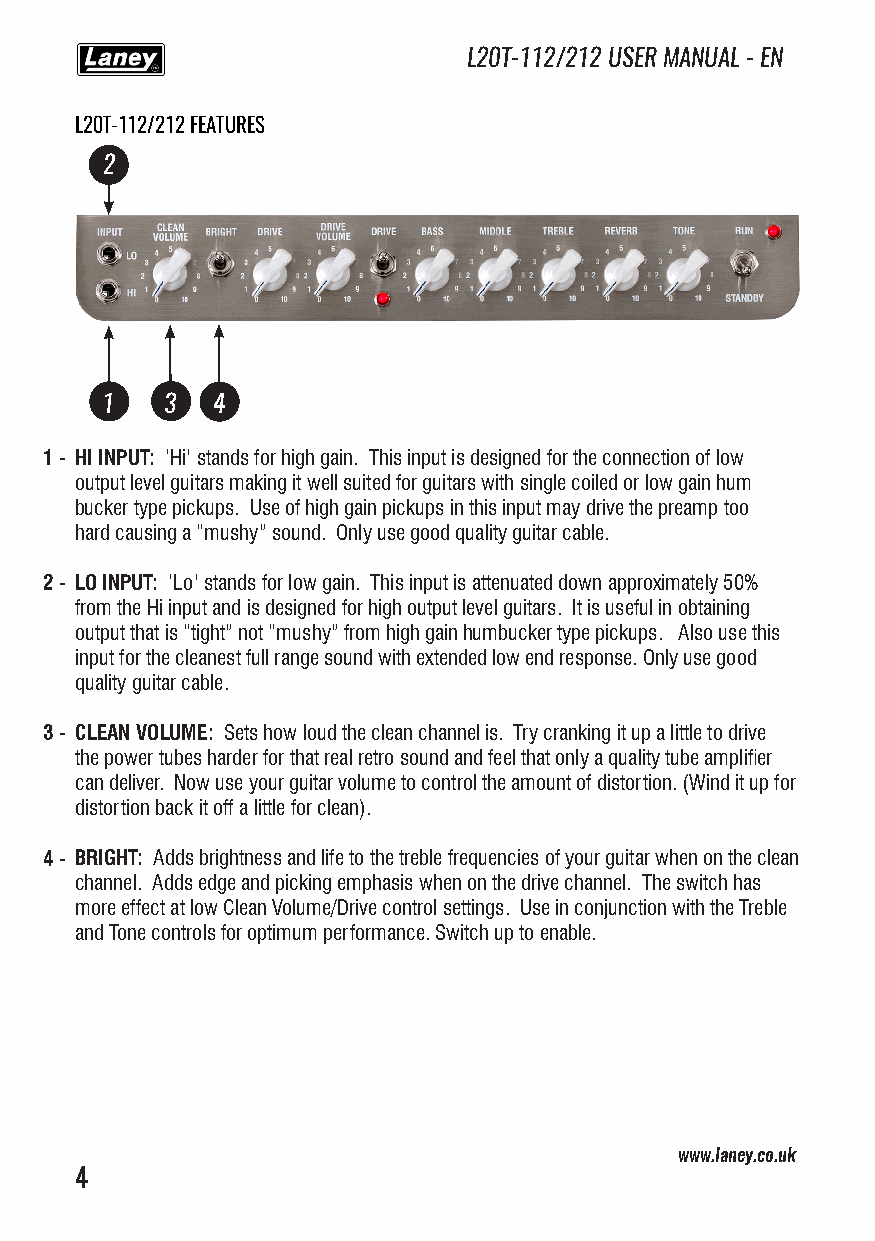
L20T-112/212 USER MANUAL - EN
 L20T-112/212 FEATURES
 2
 1   3  4
 1 - HI INPUT: ‘Hi’ stands for high gain. This input is designed for the connection of low
 output level guitars making it well suited for guitars with single coiled or low gain hum
 bucker type pickups. Use of high gain pickups in this input may drive the preamp too
 hard causing a “mushy” sound. Only use good quality guitar cable.
 2 - LO INPUT: ‘Lo’ stands for low gain. This input is attenuated down approximately 50%
 from the Hi input and is designed for high output level guitars. It is useful in obtaining
 output that is “tight” not “mushy” from high gain humbucker type pickups. Also use this
 input for the cleanest full range sound with extended low end response. Only use good
 quality guitar cable.
 3 - CLEAN VOLUME: Sets how loud the clean channel is. Try cranking it up a little to drive
 the power tubes harder for that real retro sound and feel that only a quality tube amplifier
 can deliver. Now use your guitar volume to control the amount of distortion. (Wind it up for
 distortion back it off a little for clean).
 4 - BRIGHT: Adds brightness and life to the treble frequencies of your guitar when on the clean
 channel. Adds edge and picking emphasis when on the drive channel. The switch has
 more effect at low Clean Volume/Drive control settings. Use in conjunction with the Treble
 and Tone controls for optimum performance. Switch up to enable.
 www.laney.co.uk
 4